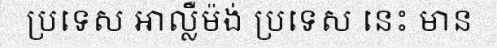
ប្រទេស អាល្លឺម៉ង់ ប្រទេស នេះ មាន